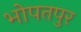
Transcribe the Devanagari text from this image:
भोपतपुर